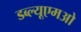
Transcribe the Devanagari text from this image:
डब्ल्यूएमओ